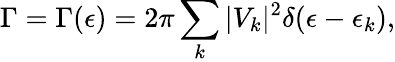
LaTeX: \Gamma=\Gamma(\epsilon)=2\pi\sum_{k}|V_{k}|^{2}\delta(\epsilon-\epsilon_{k}),